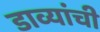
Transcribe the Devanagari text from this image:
डाव्यांची